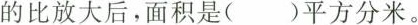
的比放大后，面积是（)平方分米。